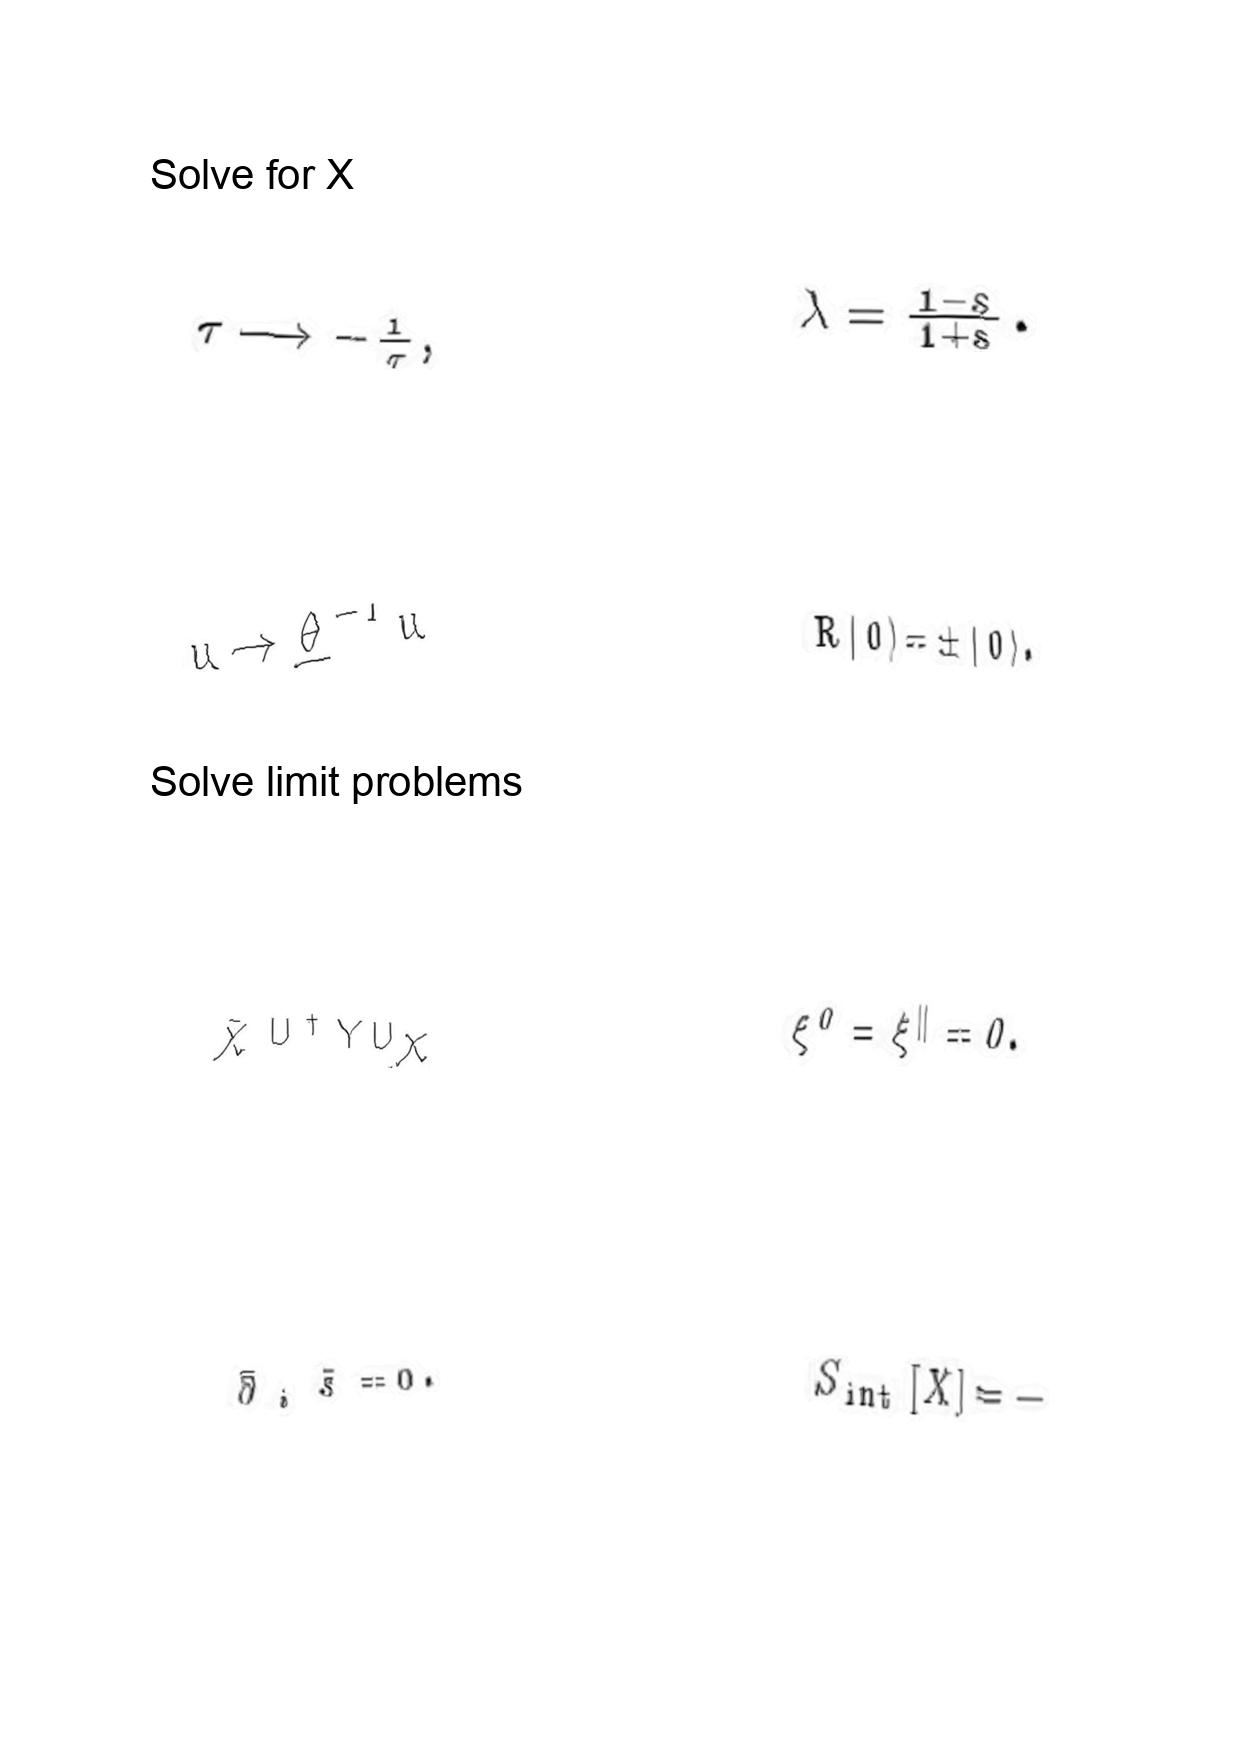
LaTeX transcription:
\tau \longrightarrow - \frac { 1 } { \tau } ,
u \rightarrow \underline { \theta } ^ { - 1 } u
\bar { \chi } U ^ { \dag } Y U \chi
\bar { \partial } _ { i } \tilde { s } = 0 .
\lambda = \frac { 1 - s } { 1 + s } .
R \vert 0 \rangle = \pm \vert 0 \rangle .
\xi ^ { 0 } = \xi ^ { \parallel } = 0 .
S _ { \mathrm { i n t } } \lbrack X \rbrack = -